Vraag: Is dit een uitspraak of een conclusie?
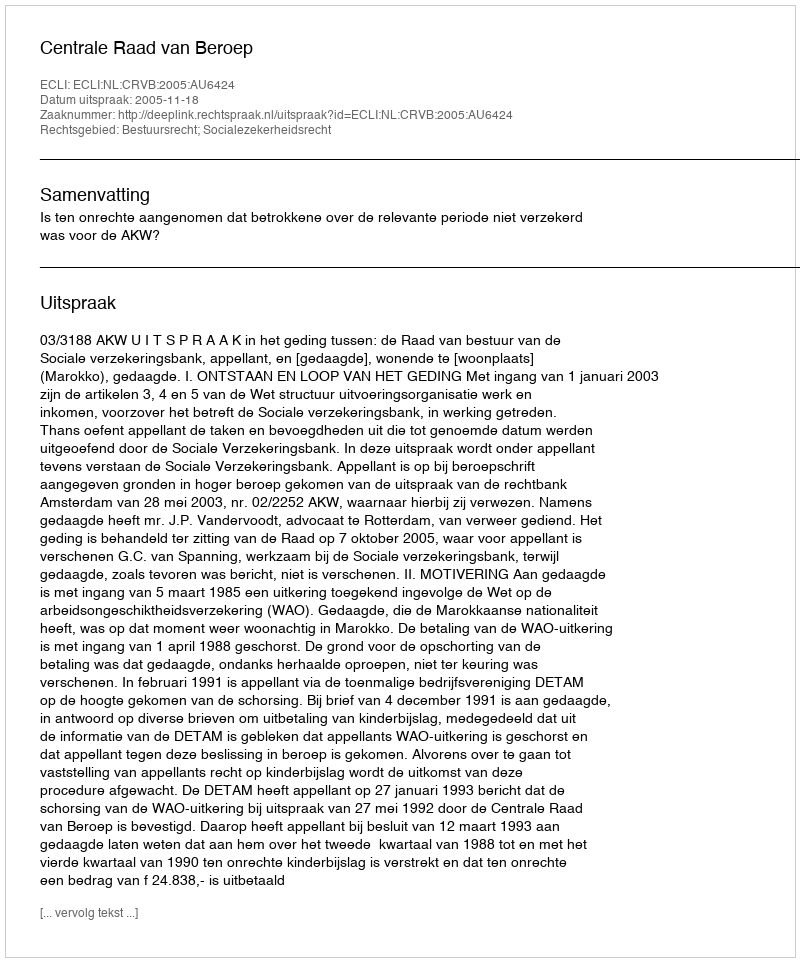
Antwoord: Uitspraak